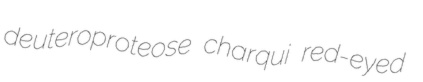
deuteroproteose charqui red-eyed